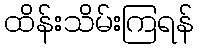
ထိန်းသိမ်းကြရန်